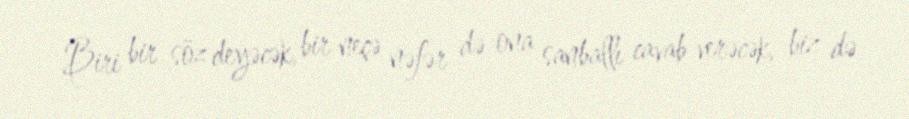
Biri bir söz deyəcək, bir neçə nəfər də ona sanballı cavab verəcək, biz də